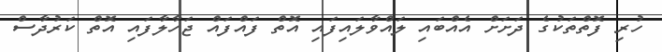
ހުރި ފޮތްތަކުގެ ދަށަށް އެއްބައި ލައްވާލައިފައި އޮތް ފައްފައް ޖަހާލާފައި އޮތް ކަރުދާސް